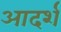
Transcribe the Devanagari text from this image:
आदर्शं